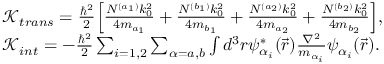
\begin{array} { r l } & { \mathcal { K } _ { t r a n s } = \frac { \hbar ^ { 2 } } { 2 } \Big [ \frac { N ^ { ( a _ { 1 } ) } k _ { 0 } ^ { 2 } } { 4 m _ { a _ { 1 } } } + \frac { N ^ { ( b _ { 1 } ) } k _ { 0 } ^ { 2 } } { 4 m _ { b _ { 1 } } } + \frac { N ^ { ( a _ { 2 } ) } k _ { 0 } ^ { 2 } } { 4 m _ { a _ { 2 } } } + \frac { N ^ { ( b _ { 2 } ) } k _ { 0 } ^ { 2 } } { 4 m _ { b _ { 2 } } } \Big ] , } \\ & { \mathcal { K } _ { i n t } = - \frac { \hbar ^ { 2 } } { 2 } \sum _ { i = 1 , 2 } \sum _ { \alpha = a , b } \int d ^ { 3 } r \psi _ { \alpha _ { i } } ^ { * } ( \vec { r } ) \frac { \nabla ^ { 2 } } { m _ { \alpha _ { i } } } \psi _ { \alpha _ { i } } ( \vec { r } ) . } \end{array}